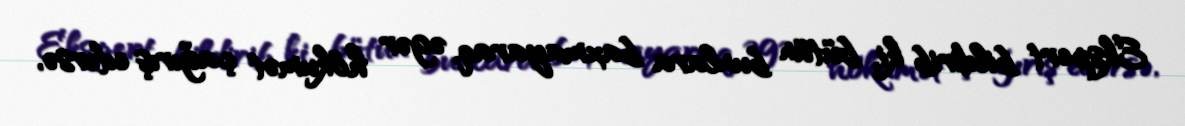
Ekspert bildirib ki, bütün bunlara baxmayaraq, əgər hökumət çağırış edərsə,